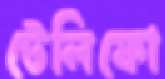
টেলিফো